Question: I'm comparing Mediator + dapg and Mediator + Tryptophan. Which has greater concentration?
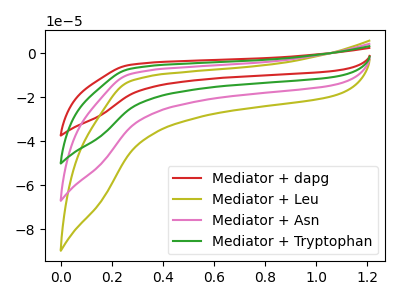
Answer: <think>The red curve "Mediator + dapg" has no peaks. The olive curve "Mediator + Leu" has no peaks. The pink curve "Mediator + Asn" has no peaks. The green curve "Mediator + Tryptophan" has no peaks.
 Neither "Mediator + dapg" or "Mediator + Tryptophan" have any peaks.</think>
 <answer>I cant tell if "Mediator + dapg" or "Mediator + Tryptophan" has higher concentration.</answer>
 <eval>mixed_concentration</eval>